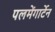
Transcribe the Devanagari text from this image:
पलमेंगार्टेन